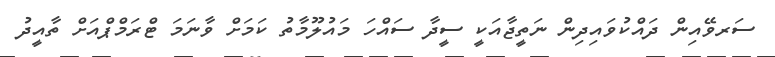
ސަރވޭއިން ދައްކުވައިދިން ނަތީޖާއަކީ ސީދާ ސައްހަ މައުލޫމާތު ކަމަށް ވާނަމަ ޓްރަމްޕްއަށް ތާއީދު